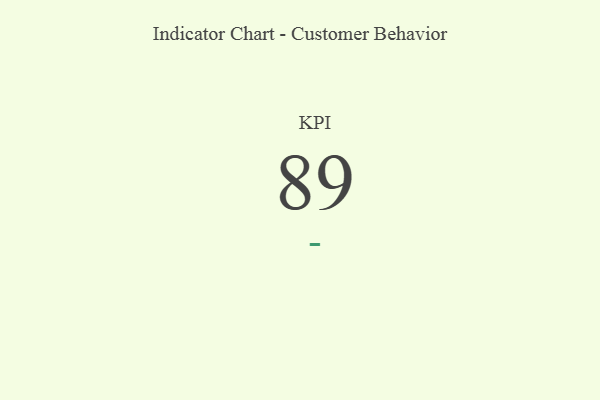
{"axis": {"x": "KPI", "y": "Value"}, "legend": [""], "data": [{"x": "KPI", "y": 89, "type": ""}]}